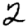
Digit: 2